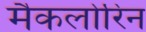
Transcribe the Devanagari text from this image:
मैकलोरिन